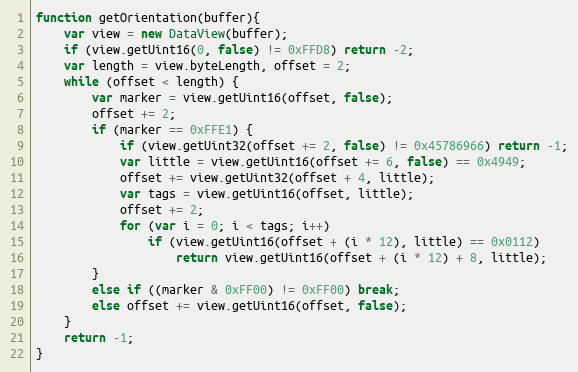
Language: JavaScript
function getOrientation(buffer){
    var view = new DataView(buffer);
    if (view.getUint16(0, false) != 0xFFD8) return -2;
    var length = view.byteLength, offset = 2;
    while (offset < length) {
        var marker = view.getUint16(offset, false);
        offset += 2;
        if (marker == 0xFFE1) {
            if (view.getUint32(offset += 2, false) != 0x45786966) return -1;
            var little = view.getUint16(offset += 6, false) == 0x4949;
            offset += view.getUint32(offset + 4, little);
            var tags = view.getUint16(offset, little);
            offset += 2;
            for (var i = 0; i < tags; i++)
                if (view.getUint16(offset + (i * 12), little) == 0x0112)
                    return view.getUint16(offset + (i * 12) + 8, little);
        }
        else if ((marker & 0xFF00) != 0xFF00) break;
        else offset += view.getUint16(offset, false);
    }
    return -1;
}